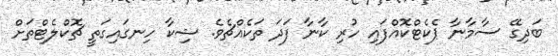
ބަދިގޭ ސާމާނާ ޕެކެޓްކޮއްފައި ހުރި ކާނާ ފަދަ ތަކެއްޗެވެ. ޝިކާ ހިނގައިގަތީ ޗޮކްލެޓްތަށް